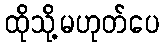
ထိုသို့မဟုတ်ပေ